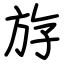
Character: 斿